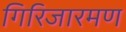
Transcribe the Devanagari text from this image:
गिरिजारमण